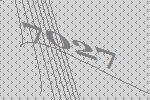
7027